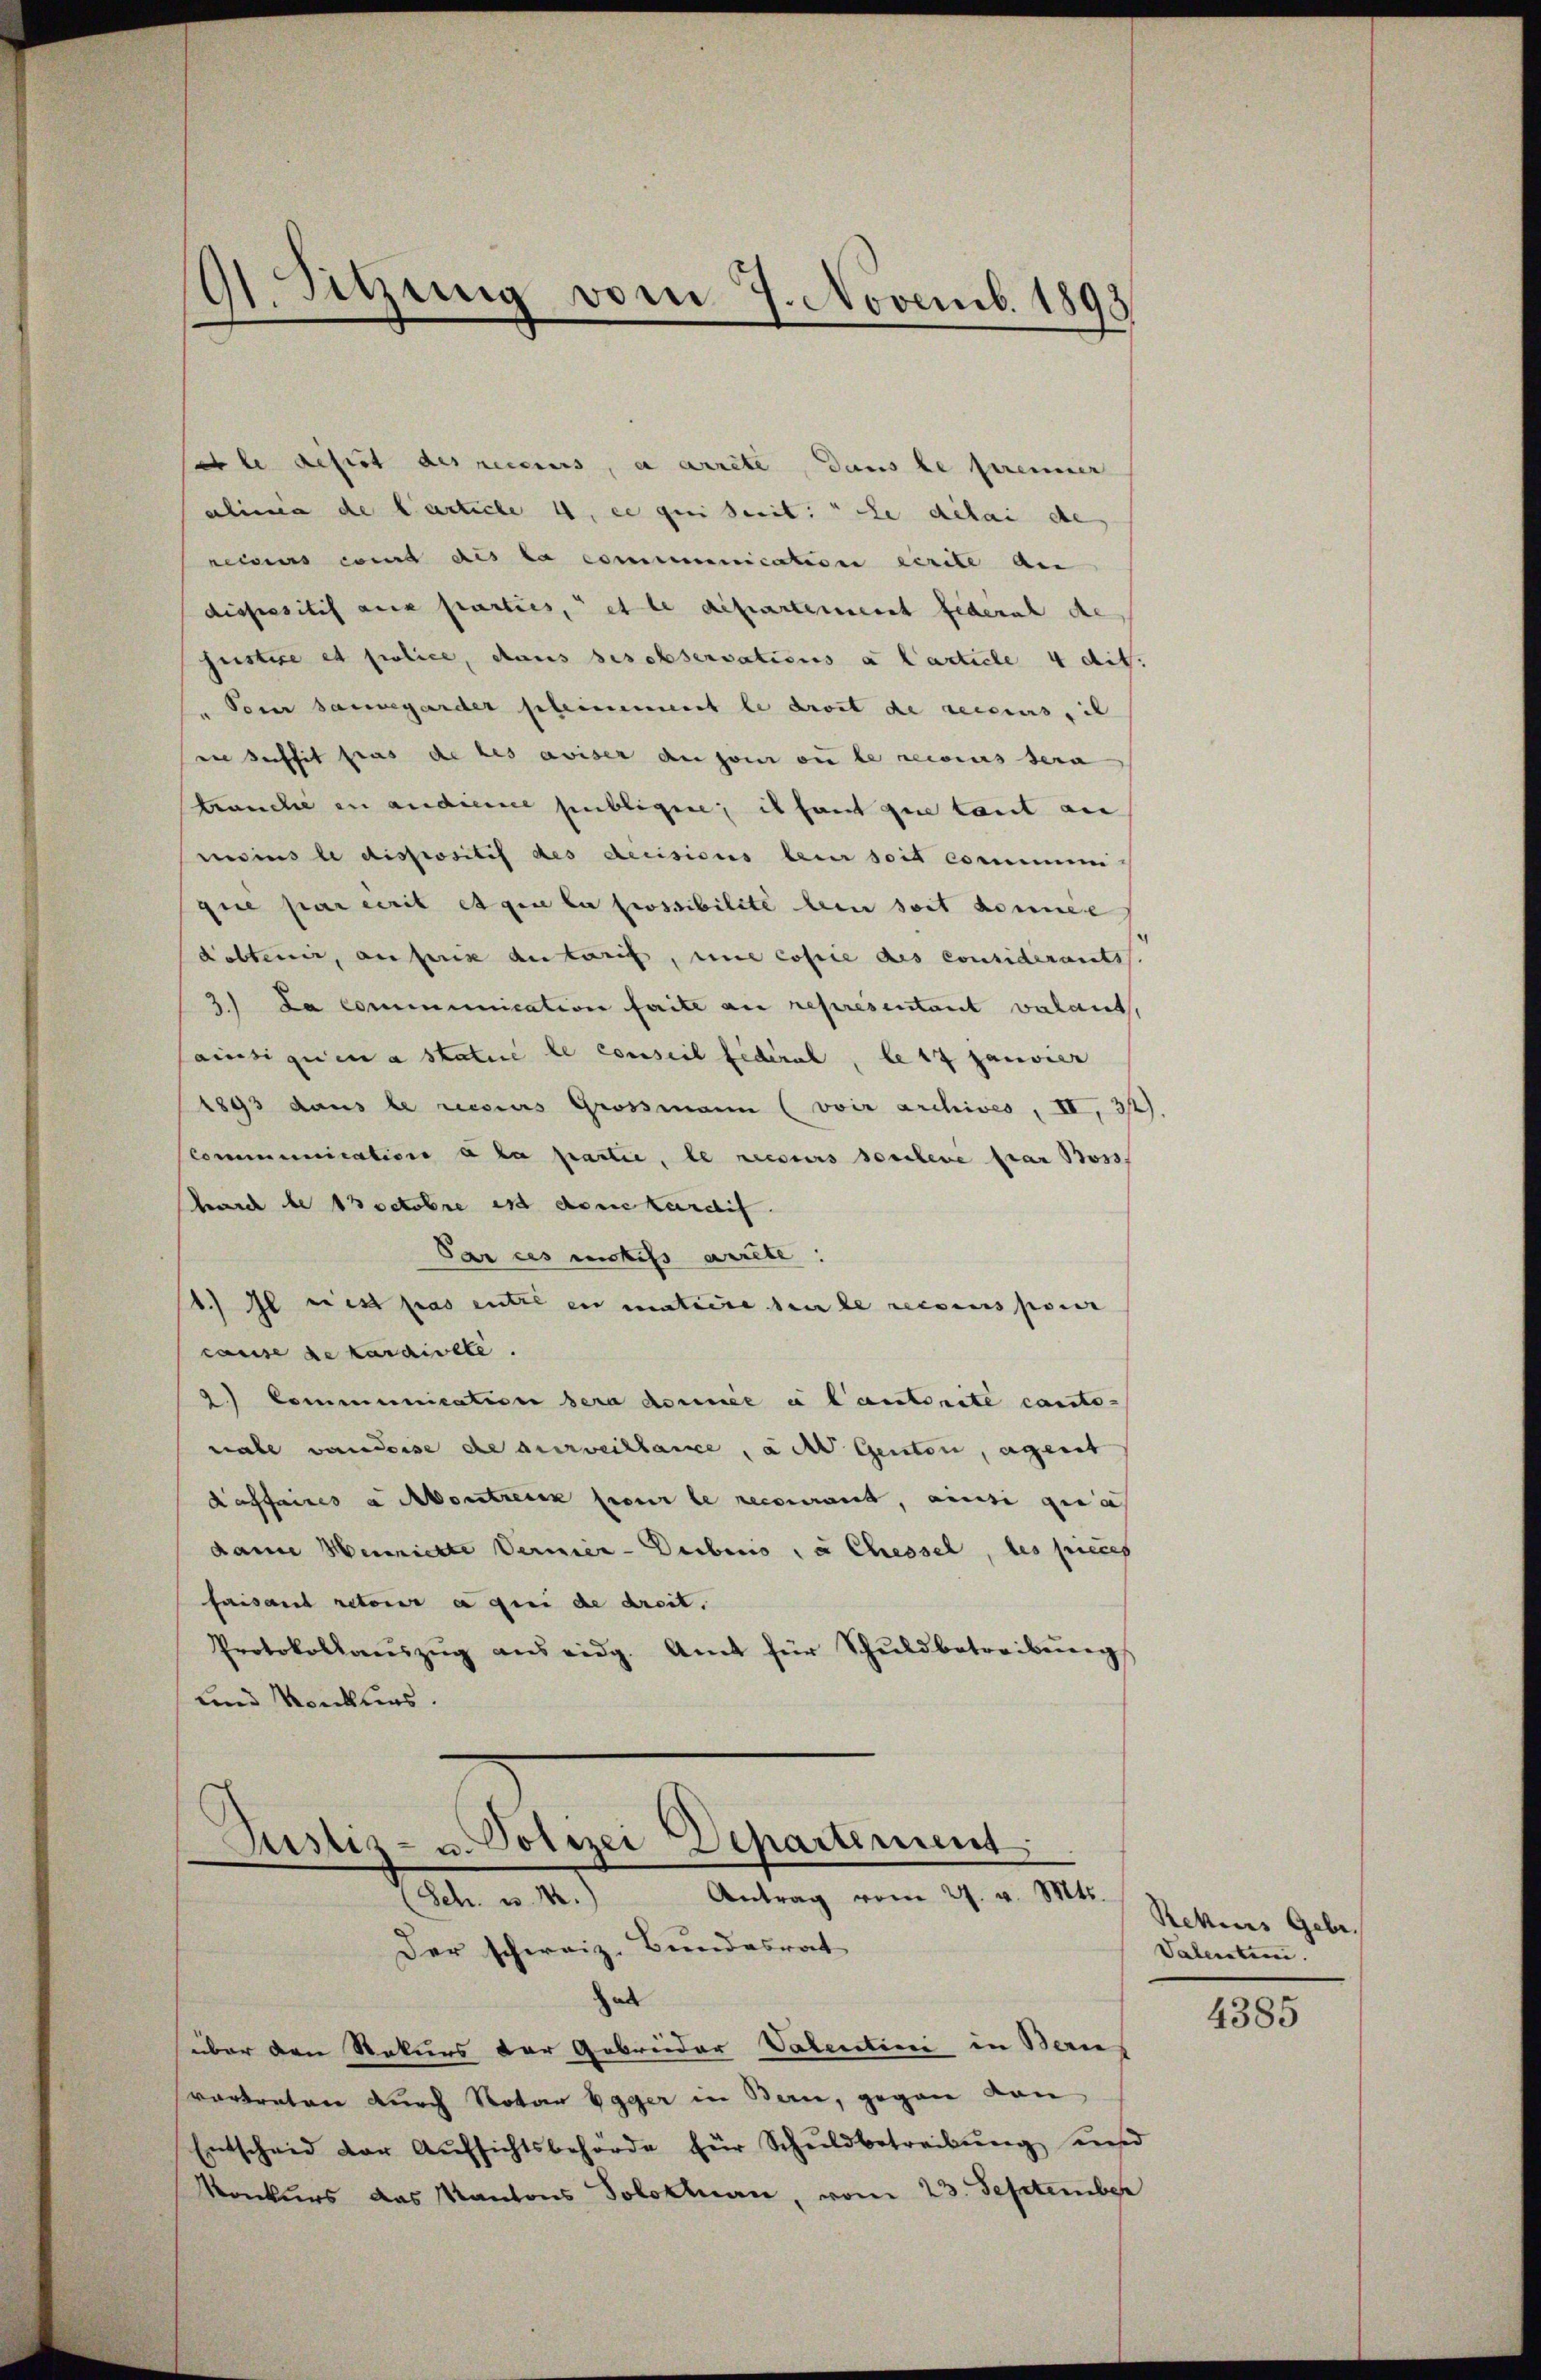
sable desirt des recens, a arrete, dans le prenner
alinia de l’article 4, ce qui serit: " Le délai de
reises comit des la communication écrite an
dispositif aus parties, et le departement federat de
Justice et police, dans ses observations a Carticle 4 cit.
 Von sauregarder scheinement le droit de recours, ih
in suffit pras de les aviser an son ou le recius sera
tranche in audiere publigen; es hant que laut an
moins le dispositis des decisions bei soit commene
que par écrit et que la possibilité bin seit könne
Kobtenir, auferin autoris, une copie des considerants.
3.) Da Communication faite au représentant valant,
ainsignien a statue le conseil fédéral, le 17 Janvier
1893 dans le resius Grossmann (voir archives, II, 32)
Communication a la partie, le reisers soebene par Boss.
hurch de 13 octobre est dene Kardif.
Par ces motifs artete:
1.) Il riest pas entre en matiere bei le recours pour
cause de karaivete.
2) Communication sera donnée e l’autorité cante-
nale vaudoise de surveillance, a der Genton, agent
Kaffaires a Montreck pour le recourant, ainsi qua
dame Hennickte Vermier - Deiberis, a Chessel, des pieces
faisant retour a qui de dreit.
Protokollaŭszŭg aŭs eidg. Amt für Schŭldbetreibŭng
und Konklins.

91. Sitzung vom 7. Novemb. 1893

ad
über den Rekurs der Gebreider Valentini in Bernes
vortreten durch Notar Egger in Bern, gegen von
Entscheid der Aŭfsichtsbehörde für Schuldbetreibŭng und
Konkurs das Kantons Solothurn, vom 23. September

Justiz- u. Polizei Departiment
Antrag vom 27. v. Mts.
Ceter an
Der schweiz. Bundesrat

Rekurs Gebr.
Valenten

4385